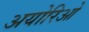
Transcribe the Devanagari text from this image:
अयोरिओ